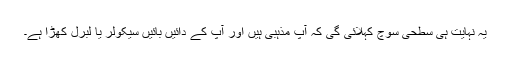
یہ نہایت ہی سطحی سوچ کہلائی گی کہ آپ مذہبی ہیں اور آپ کے دائیں بائیں سیکولر یا لبرل کھڑا ہے۔